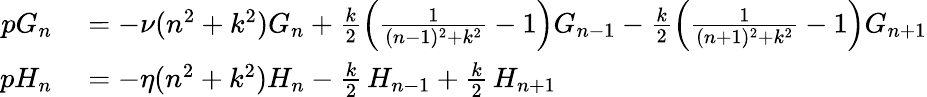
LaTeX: \begin{array}{rl}{pG_{n}}&{{}=-\nu(n^{2}+k^{2})G_{n}+\frac{k}{2}\left(\frac{1}{(n-1)^{2}+k^{2}}-1\right)G_{n-1}-\frac{k}{2}\left(\frac{1}{(n+1)^{2}+k^{2}}-1\right)G_{n+1}}\\ {pH_{n}}&{{}=-\eta(n^{2}+k^{2})H_{n}-\frac{k}{2}\, H_{n-1}+\frac{k}{2}\, H_{n+1}}\end{array}